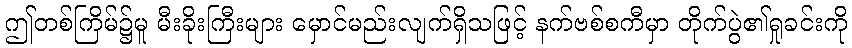
ဤတစ်ကြိမ်၌မူ မီးခိုးကြီးများ မှောင်မည်းလျက်ရှိသဖြင့် နက်ဗစ်စကီမှာ တိုက်ပွဲ၏ရှုခင်းကို